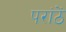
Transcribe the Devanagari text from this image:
परांठें